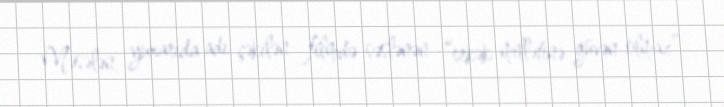
Məsələn, yuxarıda adı çəkilən filmdə səslənən “erkək millətinə güvən olmaz”